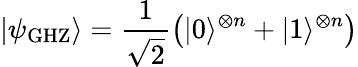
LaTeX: \left|\psi_{\mathrm{GHZ}}\right\rangle=\frac{1}{\sqrt{2}}\left(|0\rangle^{\otimes n}+|1\rangle^{\otimes n}\right)